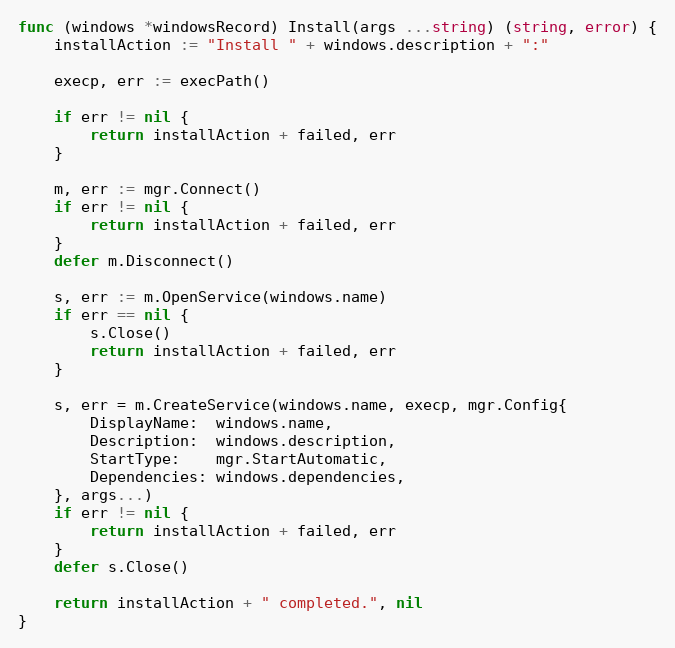
Language: Go
func (windows *windowsRecord) Install(args ...string) (string, error) {
	installAction := "Install " + windows.description + ":"

	execp, err := execPath()

	if err != nil {
		return installAction + failed, err
	}

	m, err := mgr.Connect()
	if err != nil {
		return installAction + failed, err
	}
	defer m.Disconnect()

	s, err := m.OpenService(windows.name)
	if err == nil {
		s.Close()
		return installAction + failed, err
	}

	s, err = m.CreateService(windows.name, execp, mgr.Config{
		DisplayName:  windows.name,
		Description:  windows.description,
		StartType:    mgr.StartAutomatic,
		Dependencies: windows.dependencies,
	}, args...)
	if err != nil {
		return installAction + failed, err
	}
	defer s.Close()

	return installAction + " completed.", nil
}